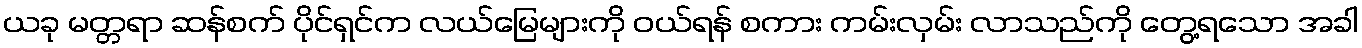
ယခု မတ္တရာ ဆန်စက် ပိုင်ရှင်က လယ်မြေများကို ဝယ်ရန် စကား ကမ်းလှမ်း လာသည်ကို တွေ့ရသော အခါ